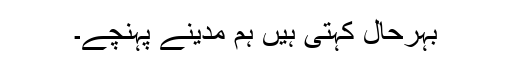
بہرحال کہتی ہیں ہم مدینے پہنچے۔